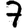
Digit: 7